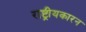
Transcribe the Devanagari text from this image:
राष्ट्रीयकारन